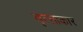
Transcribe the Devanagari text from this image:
वृत्त्ताकार